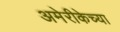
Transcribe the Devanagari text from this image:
अमेरीकेच्या